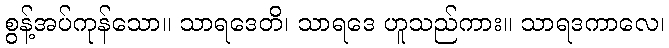
စွန့်အပ်ကုန်သော။ သာရဒေတိ၊ သာရဒေ ဟူသည်ကား။ သာရဒကာလေ၊